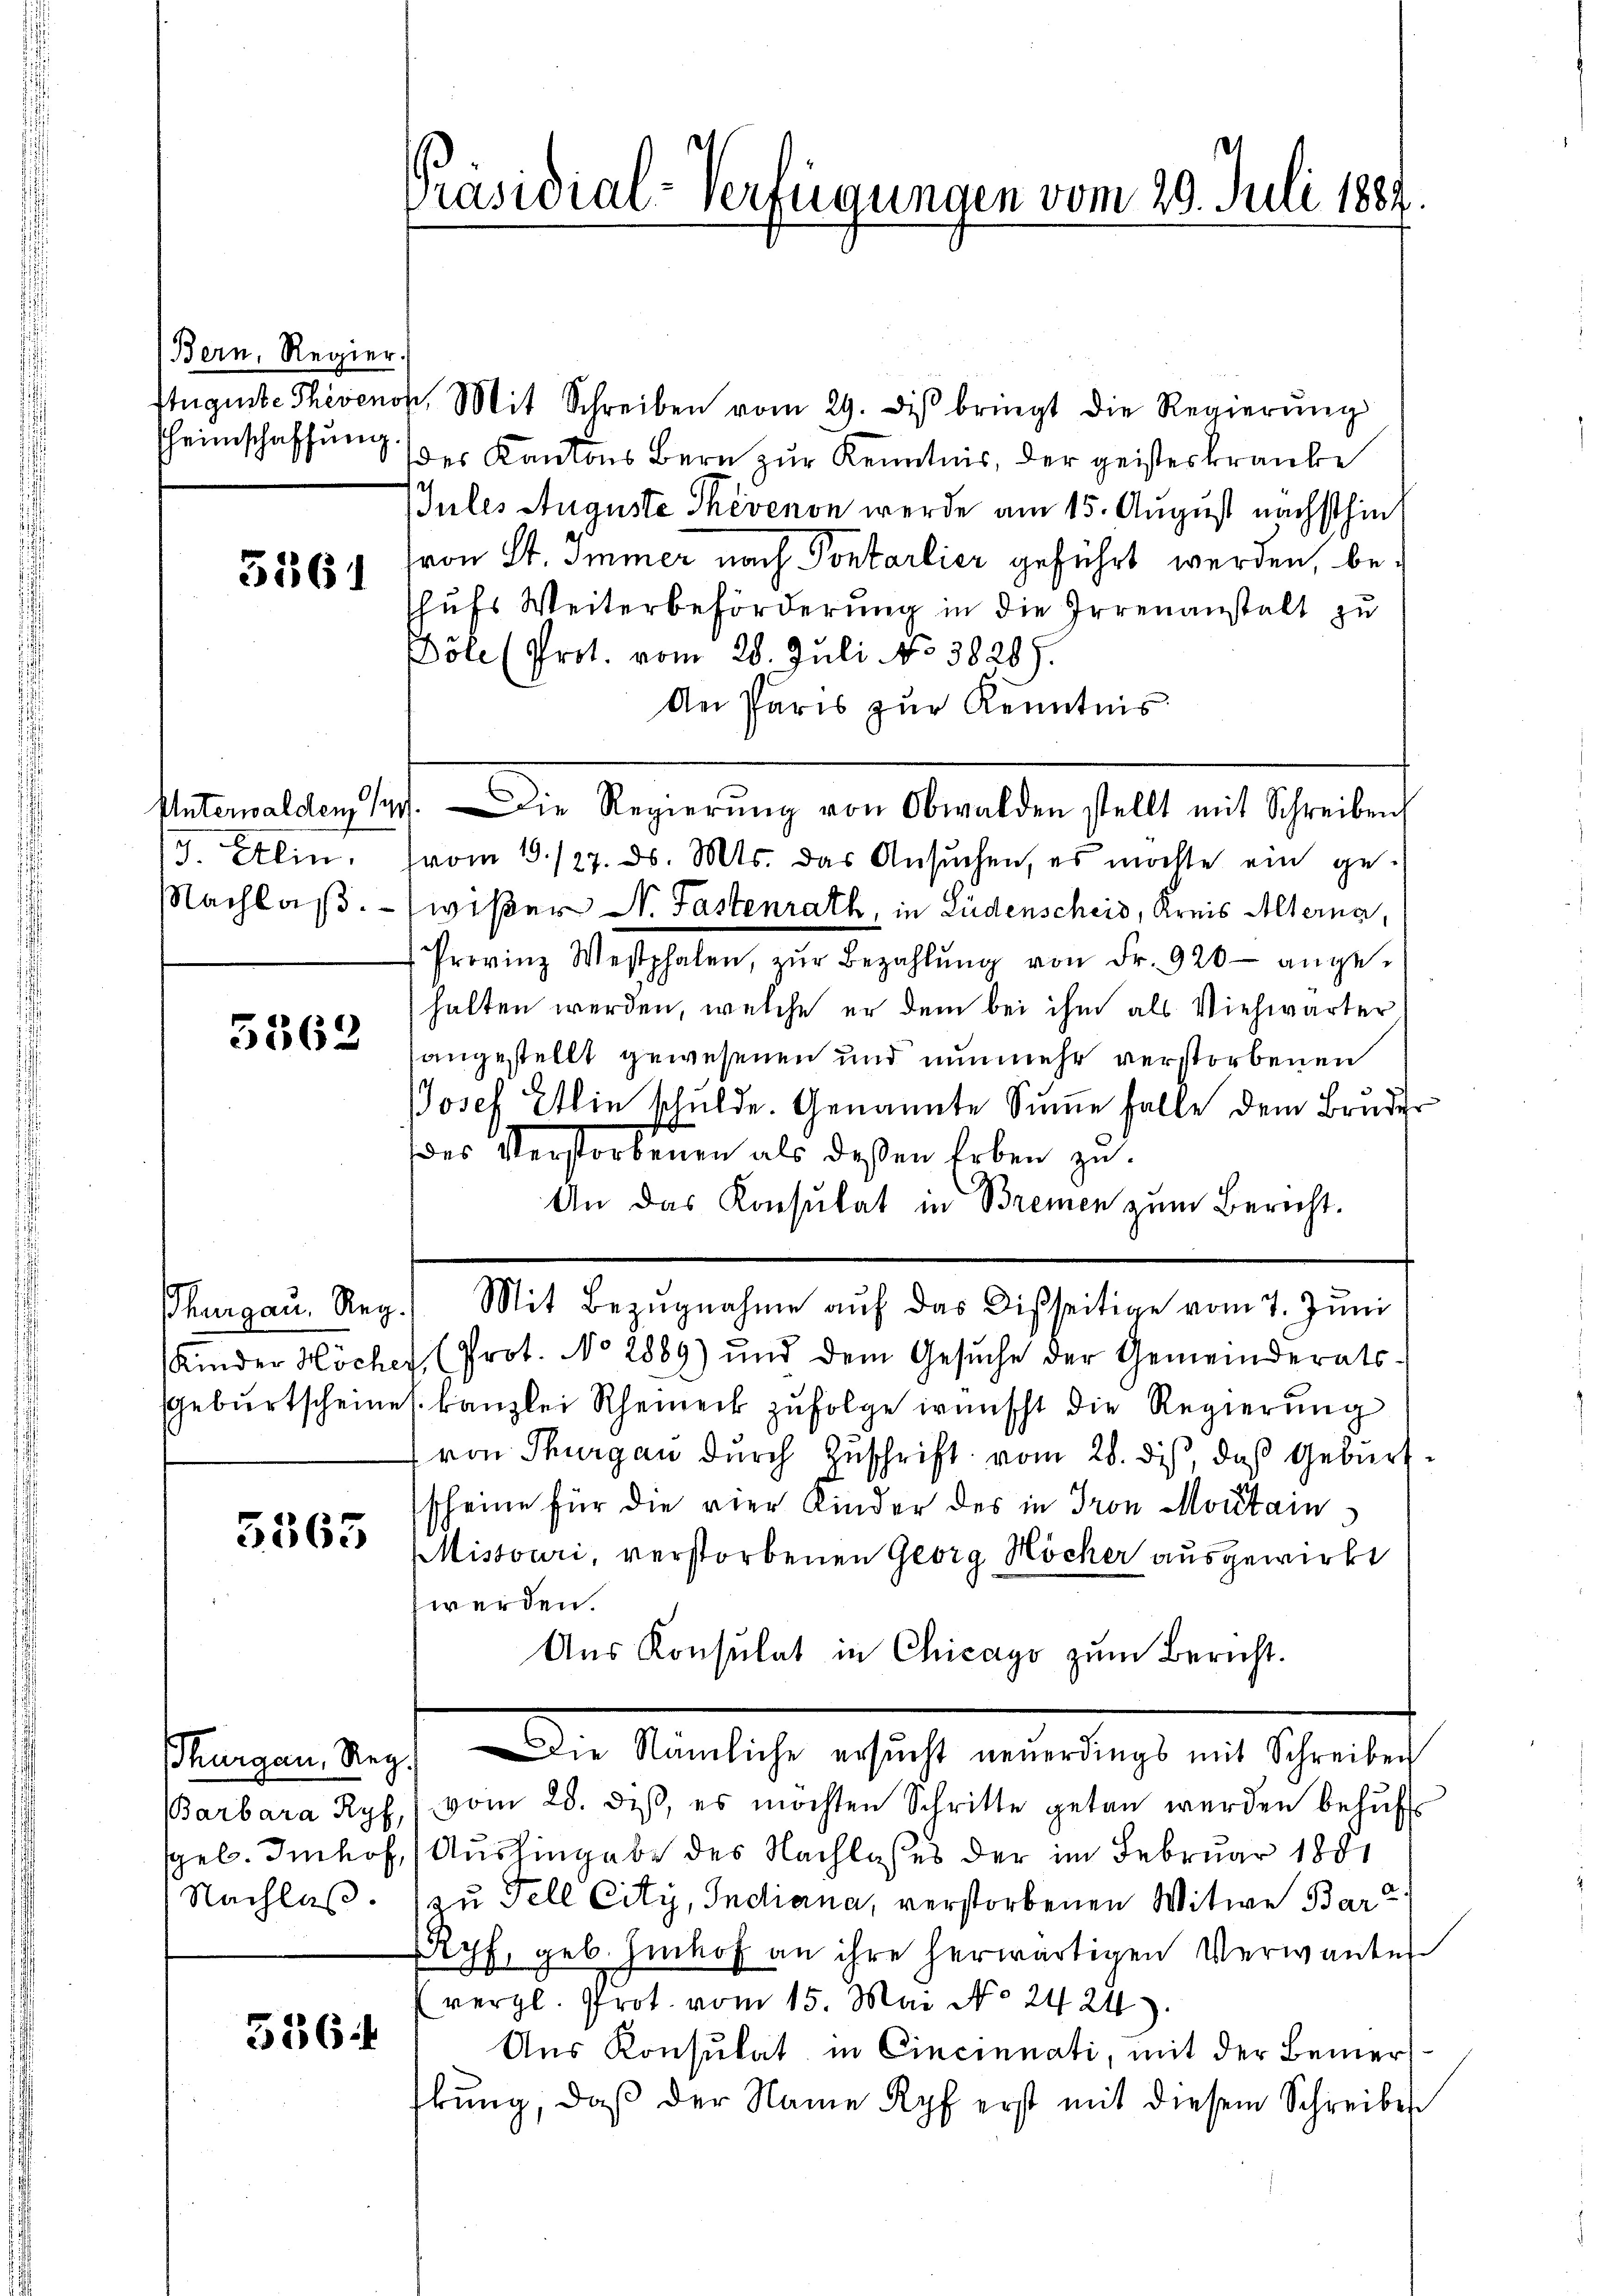
Bern, Regier.
heimschaffung

5561

Unterwalden, 14
3. Klin
Nachlaß.

5562

Thurgau, Reg.

3565

Barbara Ryf,
geb. Imhof,
Nachlaß.

536

Präsidial-Verfügungen vom 29. Juli 1889.

Auguste Thevenok, Mit Schreiben vom 29. diβ bringt die Regierŭng
des Kantons Bern zur Kenntnis, der geisteskranke
Jules Auguste Thevenon werde am 15. August nächsthin
von St. Immer nach Portarlier geführt werden, be¬
Thufs Weiterbeförderung in die Irrenanstalt zu
Döte (Prot. vom 28. Juli No 3828).
An Paris zur Kenntnis
1. Die Regierŭng von Obwalden stellt mit Schreiben
vom 19./27. ds. Mts. das Ansuchen, es möchte ein gewißer N. Fastenrath, in Lüdenscheid, Kreis Alterna,
Provinz Westphalen, zŭr Bezahlŭng von Fr. 920 ange-
halten werden, welche er dem bei ihm als Viehwärter
angestellt gewesenen und nunmehr verstorbenen
Josef Ellin schulde. Genannte Summe falle dem Bruder
(des Verstorbenen als deßen Erben zu
An das Konsulat in Bremen zum Bericht.
Mit Bezŭgnahme aŭf das Disseitige vom 7. Juni
Kinder Höcher (Prot. No 2889) und dem Gesŭche der Gemeinderats
Geburtscheines Kanzlei Rheineck zufolge wünscht die Regierung
von Thurgau durch Zuschrift vom 28. dis, daß Geburtscheine für die vier Kinder des in Gron Montain¬
Missouri, verstorbenen Georg Höcher ausgewirkt
werden.
Aŭs Konsulat in Chicago zŭm Bericht.
Thurgau, Reg. Die Nämliche ersŭcht neŭerdings mit Schreiben
vom 28. des, es möchten Schritte getan werden behufs
Aushingabe des Nachlasses der im Februar 1881
zu Fell City, Indiana, verstorbenen Witwe Bar
Ryf, geb. Einhof an ihre herwärtigen Verwander
(vergl. Prot. vom 15. Mai No 2424).
Aus Konsulat in Cincinnati, mit der Bemerkŭng, daβ der Name Kopf erst mit diesem Schreibes